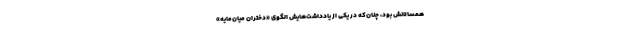
همسالانش بود، چنان‌که در یکی از یادداشت‌هایش الگوی «دختران میان‌مایه»